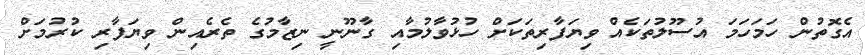
އެގޮތުން ހަމަހަމަ އުސޫލުތަކެއް ވިޔަފާރިތަކަށް ހުޅުވާލުމާއި ގާނޫނީ ނިޒާމުގެ ތެރެއިން ވިޔަފާރި ކުރުމަށް